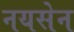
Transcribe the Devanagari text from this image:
नयसेन